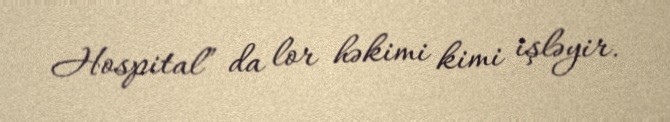
Hospital” da lor həkimi kimi işləyir.